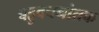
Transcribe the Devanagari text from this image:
बहुवचनांतक